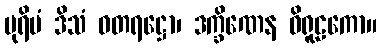
ပုရိမံ ဒိသံ ဓတရဋ္ဌော၊ ဒက္ခိဏေန ဝိရူဠကော။